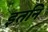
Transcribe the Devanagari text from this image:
इतनि